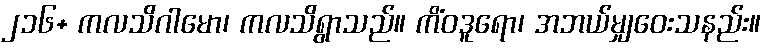
၂၁၆+ ကလသိဂါမော၊ ကလသိရွာသည်။ ကိံဝဒူရော၊ အဘယ်မျှဝေးသနည်း။